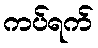
ကပ်ရက်